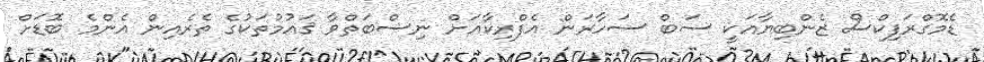
ޑެމޮގްރަފިކްސް ޒެންބިޔާއަކީ ސަބް ސަހާރަން އެފްރިކާއަށް ނިސްބަތްވާ ޤައުމުތަކުގެ ތެރެއިން އެންމެ ބޮޑަށް